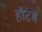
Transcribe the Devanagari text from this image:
हॉटब